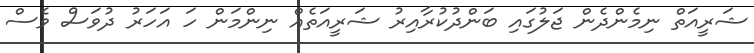
ޝަރީއަތް ނިމެންދެން ޖަލުގައި ބަންދުކުރާއިރު ޝަރީއަތެއް ނިންމަން ހަ އަހަރު ދުވަސް ވެސް